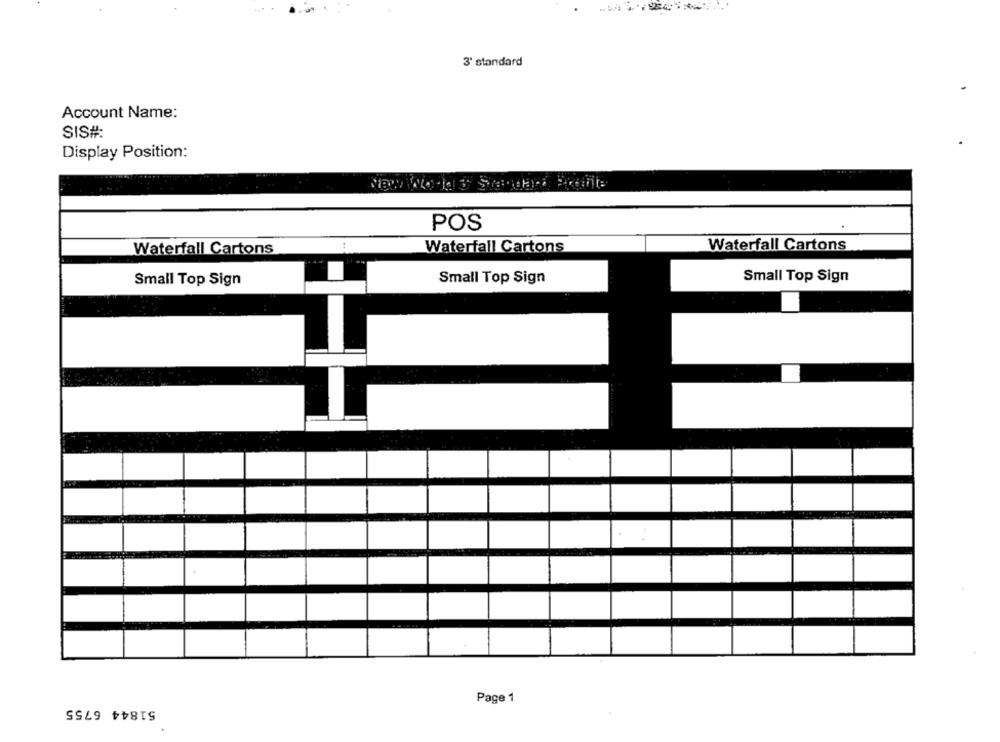
3' standard
Account Name:
SIS#:
Display Position:
POS
Waterfall Cartons
Waterfall Cartons
Waterfall Cartons
Small Top Sign
Small Top Sign
Small Top Sign
Page 1
51844 6755